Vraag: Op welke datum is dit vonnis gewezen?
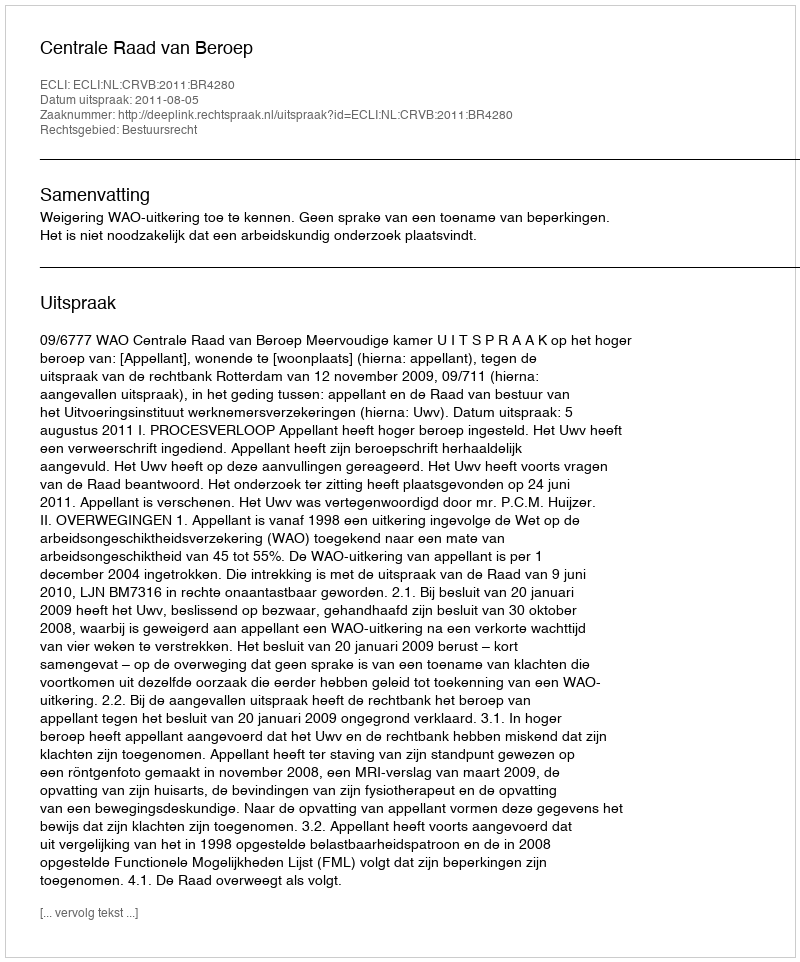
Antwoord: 2011-08-05